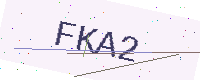
Text: FKA2